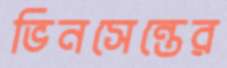
ভিনসেন্তের